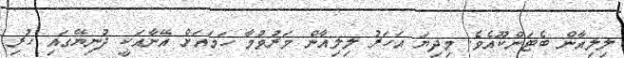
ލިލިއާން ބެޓަންކޫއެވެ. މިދިޔަ އަހަރު ލިލިއާން މަރުވުމާ ހަމައަށް އޭނާއަކީ ދުނިޔޭގައި ހުރި